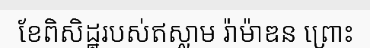
ខែពិសិដ្ឋរបស់ឥស្លាម រ៉ាម៉ាឌន ព្រោះ